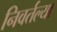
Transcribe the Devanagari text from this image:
निवर्तल्या